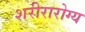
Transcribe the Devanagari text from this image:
शरीरारोग्य